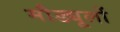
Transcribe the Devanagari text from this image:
मौड्यूलों